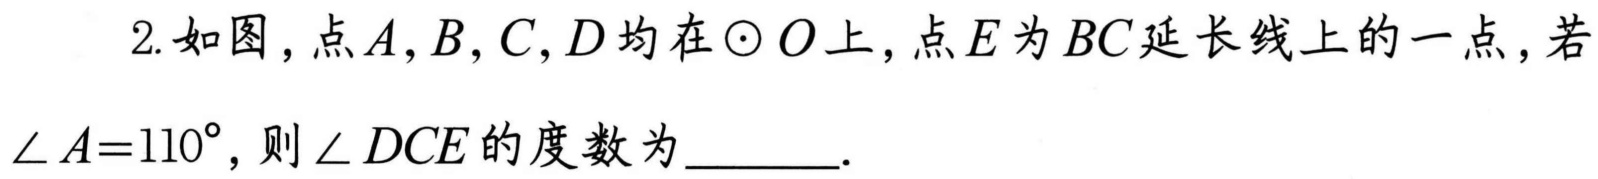
2. 如图，点\(A,B,C,D\)均在\(\odot O\)上，点\(E\)为\(BC\)延长线上的一点，若\(\angle A = 110^{\circ}\)，则\(\angle DCE\)的度数为  .